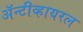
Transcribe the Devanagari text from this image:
अॅन्टीव्हायरल